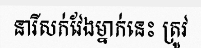
នារីសក់វែងម្នាក់នេះ ត្រូវ